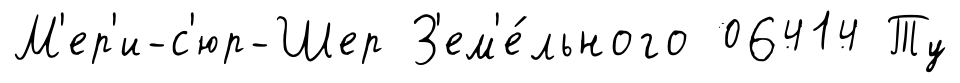
М'ер'и-с'юр-Шер З'ем'е́льного 06414 Ту